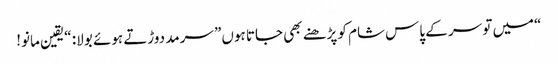
“میں تو سر کے پاس شام کو پڑھنے بھی جاتا ہوں” سرمد دوڑتے ہوئے بولا: “یقین مانو!